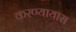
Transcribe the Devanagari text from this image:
करण्यायास